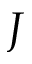
J